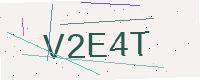
Text: V2E4T